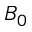
B _ { 0 }